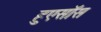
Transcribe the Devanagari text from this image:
हुएसॉस